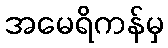
အမေရိကန်မှ